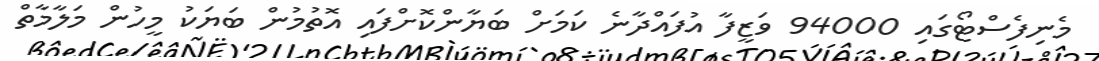
މެނިފެސްޓޯގައި 94000 ވަޒީފާ އުފައްދާނެ ކަމަށް ބަޔާންކޮށްފައި އޮތުމުން ބަޔަކު މީހުން މަލާމާތް